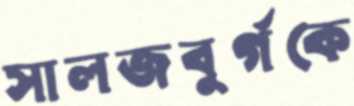
সালজবুর্গকে